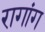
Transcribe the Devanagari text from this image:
रागांग